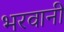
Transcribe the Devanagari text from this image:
भरवानी